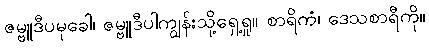
ဇမ္ဗူဒီပမုခေါ၊ ဇမ္ဗူဒီပါကျွန်းသို့ရှေ့ရှု။ စာရိကံ၊ ဒေသစာရီကို။